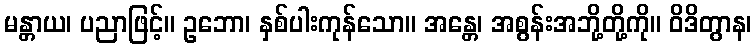
မန္တာယ၊ ပညာဖြင့်။ ဥဘော၊ နှစ်ပါးကုန်သော။ အန္တေ၊ အစွန်းအဘို့တို့ကို။ ဝိဒိတွာန၊